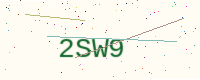
Text: 2SW9